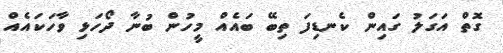
ގޮތް އަގަލު ގައިން ކެނޑިފަ ތިބޭ ބައެއް މީހުން ބުނާ ދޯހަޅި ވާހަކައެއް